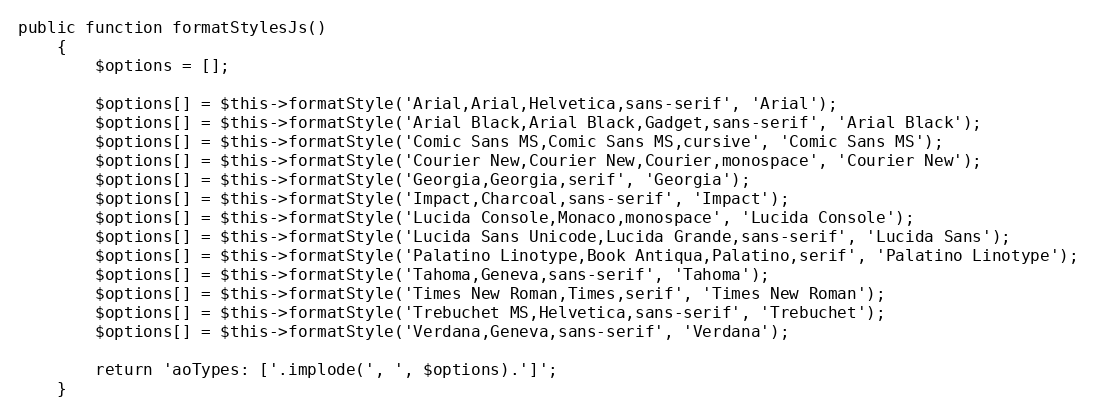
Language: PHP
public function formatStylesJs()
    {
        $options = [];

        $options[] = $this->formatStyle('Arial,Arial,Helvetica,sans-serif', 'Arial');
        $options[] = $this->formatStyle('Arial Black,Arial Black,Gadget,sans-serif', 'Arial Black');
        $options[] = $this->formatStyle('Comic Sans MS,Comic Sans MS,cursive', 'Comic Sans MS');
        $options[] = $this->formatStyle('Courier New,Courier New,Courier,monospace', 'Courier New');
        $options[] = $this->formatStyle('Georgia,Georgia,serif', 'Georgia');
        $options[] = $this->formatStyle('Impact,Charcoal,sans-serif', 'Impact');
        $options[] = $this->formatStyle('Lucida Console,Monaco,monospace', 'Lucida Console');
        $options[] = $this->formatStyle('Lucida Sans Unicode,Lucida Grande,sans-serif', 'Lucida Sans');
        $options[] = $this->formatStyle('Palatino Linotype,Book Antiqua,Palatino,serif', 'Palatino Linotype');
        $options[] = $this->formatStyle('Tahoma,Geneva,sans-serif', 'Tahoma');
        $options[] = $this->formatStyle('Times New Roman,Times,serif', 'Times New Roman');
        $options[] = $this->formatStyle('Trebuchet MS,Helvetica,sans-serif', 'Trebuchet');
        $options[] = $this->formatStyle('Verdana,Geneva,sans-serif', 'Verdana');

        return 'aoTypes: ['.implode(', ', $options).']';
    }